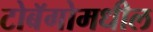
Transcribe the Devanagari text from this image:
टोबॅगोमधील